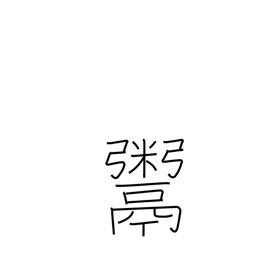
Meaning: deal in